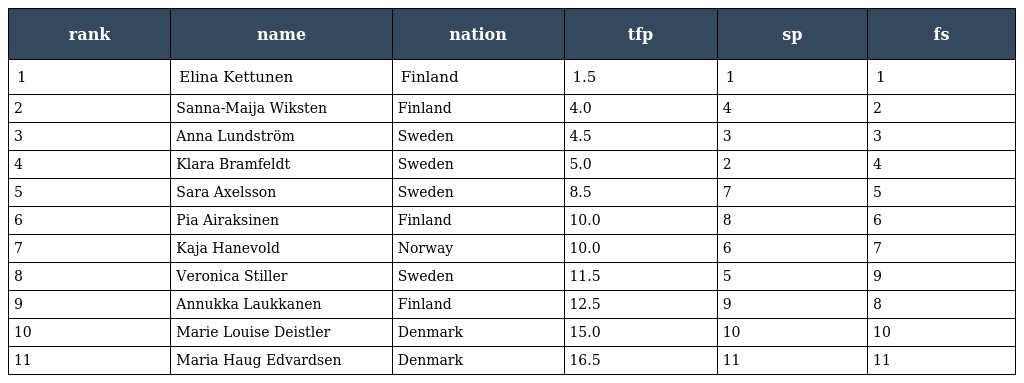
| rank | name | nation | tfp | sp | fs |
 | --- | --- | --- | --- | --- | --- |
 | 1 | Elina Kettunen | Finland | 1.5 | 1 | 1 |
 | 2 | Sanna-Maija Wiksten | Finland | 4.0 | 4 | 2 |
 | 3 | Anna Lundström | Sweden | 4.5 | 3 | 3 |
 | 4 | Klara Bramfeldt | Sweden | 5.0 | 2 | 4 |
 | 5 | Sara Axelsson | Sweden | 8.5 | 7 | 5 |
 | 6 | Pia Airaksinen | Finland | 10.0 | 8 | 6 |
 | 7 | Kaja Hanevold | Norway | 10.0 | 6 | 7 |
 | 8 | Veronica Stiller | Sweden | 11.5 | 5 | 9 |
 | 9 | Annukka Laukkanen | Finland | 12.5 | 9 | 8 |
 | 10 | Marie Louise Deistler | Denmark | 15.0 | 10 | 10 |
 | 11 | Maria Haug Edvardsen | Denmark | 16.5 | 11 | 11 |